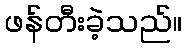
ဖန်တီးခဲ့သည်။